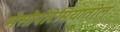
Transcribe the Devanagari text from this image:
मेसोपोटेमियातील